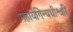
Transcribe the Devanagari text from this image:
महायेगिन्यधीश्वरि